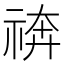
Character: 𥚙